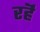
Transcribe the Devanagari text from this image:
रहॆं